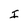
Character: I